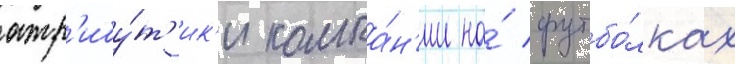
атр'ибу́т'ик'и компа́н'ии на́ футбо́лках